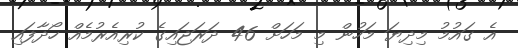
އެ ގައުމު މިދިޔަ މަހުން މި މަހަށް 46 ދަރަޖައިގެ ކުރިއެރުމެއް ހޯދާފައި